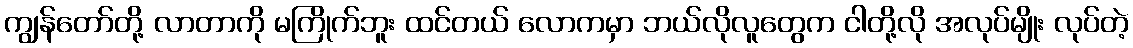
ကျွန်တော်တို့ လာတာကို မကြိုက်ဘူး ထင်တယ် လောကမှာ ဘယ်လိုလူတွေက ငါတို့လို အလုပ်မျိုး လုပ်တဲ့